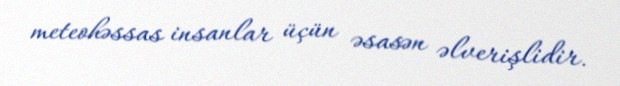
meteohəssas insanlar üçün əsasən əlverişlidir.